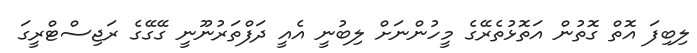
ލިބިފަ އޮތް ގޮތުން އަތޮޅުތެރޭގެ މީހުންނަށް ލިބުނީ އެއީ ދަފްތަރުނޫނީ ގޭގޭގެ ރަޖިސްޓްރީގަ